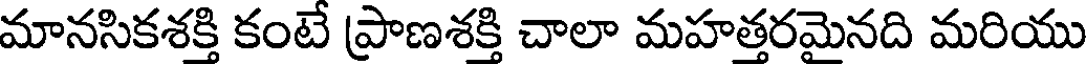
మానసికశక్తి కంటే ప్రాణశక్తి చాలా మహత్తరమైనది మరియు